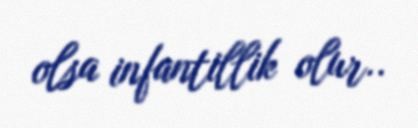
olsa infantillik olur..